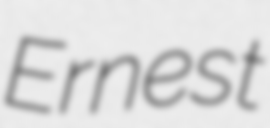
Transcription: Ernest